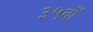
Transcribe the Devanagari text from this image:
३५वाँ